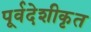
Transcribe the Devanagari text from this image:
पूर्वदेशीकृत